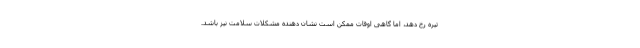
تیره رخ دهد، اما گاهی اوقات ممکن است نشان دهنده مشکلات سلامت نیز باشد.